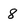
Character: 8